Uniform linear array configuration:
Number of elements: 16
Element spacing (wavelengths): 0.75
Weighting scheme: binomial
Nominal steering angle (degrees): -30
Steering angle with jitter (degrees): -30.466
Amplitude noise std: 0.05
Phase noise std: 0.05

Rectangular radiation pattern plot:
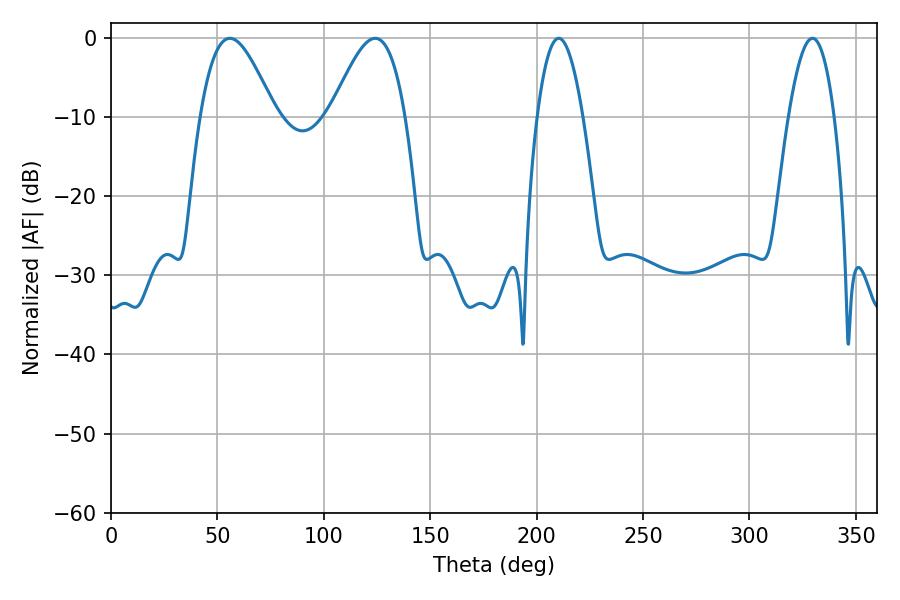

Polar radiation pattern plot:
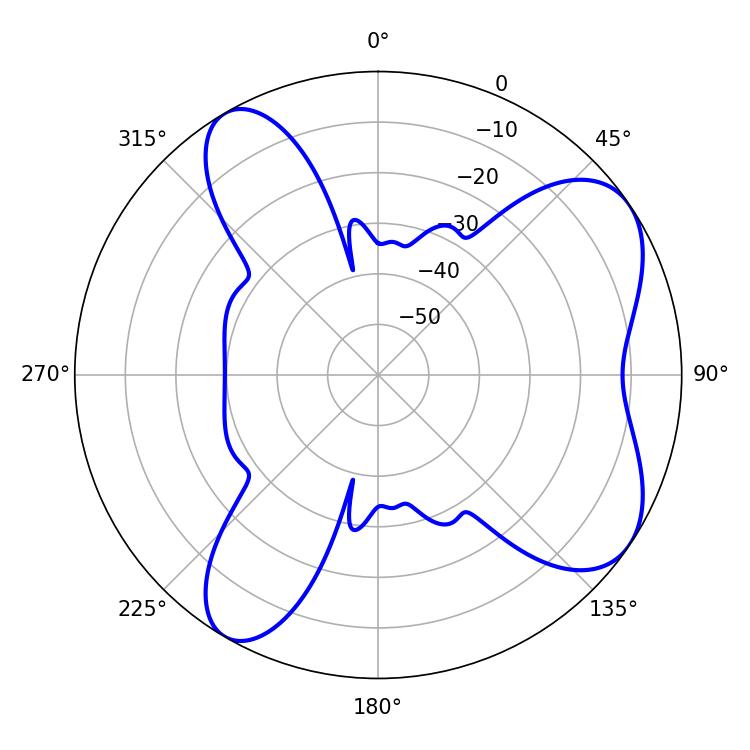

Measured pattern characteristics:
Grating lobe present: TRUE
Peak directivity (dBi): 6.961
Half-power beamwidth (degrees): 18.72
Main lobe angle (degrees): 55.8